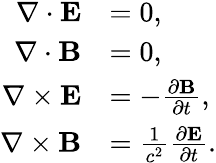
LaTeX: {\begin{array}{rl}{\nabla\cdot\mathbf{E}}&{=0,}\\ {\nabla\cdot\mathbf{B}}&{=0,}\\ {\nabla\times\mathbf{E}}&{=-{\frac{\partial\mathbf{B}}{\partial t}},}\\ {\nabla\times\mathbf{B}}&{={\frac{1}{c^{2}}}{\frac{\partial\mathbf{E}}{\partial t}}.}\end{array}}